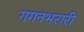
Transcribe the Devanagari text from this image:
गगनभरारी